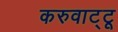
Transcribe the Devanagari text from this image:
करुवाट्टू